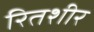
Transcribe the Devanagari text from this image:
रितशीर